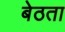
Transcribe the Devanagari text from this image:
बेठता